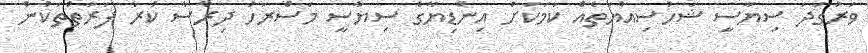
ވަރުގަދަ ސިޔާސީ ޝަހުސިއްޔަތެއް ކަމަކަށް އިންޑިޔާގެ ސިޔާސީ މަސްރަހު ދިރާސާ ކުރާ ފަރާތްތަކުން